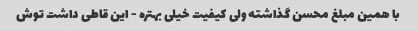
با همین مبلغ محسن گذاشته ولی کیفیت خیلی بهتره - این قاطی داشت توش